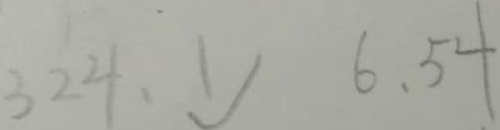
3 2 4 , 1 6 , 5 4